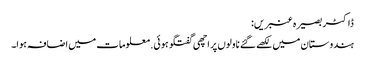
ڈاکٹر بصیرہ عنبریں:
ہندوستان میں لکھے گئے ناولوں پر اچھی گفتگو ہوئی. معلومات میں اضافہ ہوا۔